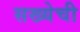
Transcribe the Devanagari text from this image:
सख्येची